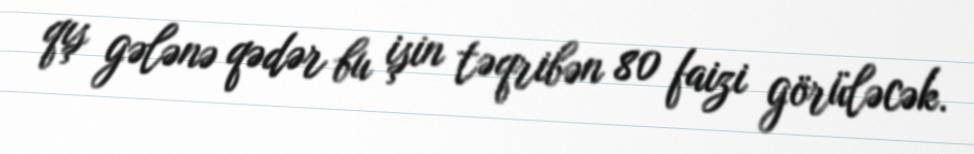
qış gələnə qədər bu işin təqribən 80 faizi görüləcək.